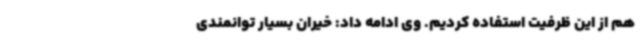
هم از این ظرفیت استفاده کردیم. وی ادامه داد: خیران بسیار توانمندی